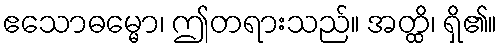
ဧသောဓမ္မော၊ ဤတရားသည်။ အတ္ထိ၊ ရှိ၏။